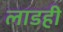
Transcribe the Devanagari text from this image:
लाडही